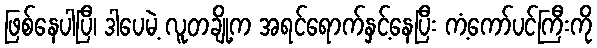
ဖြစ်နေပါပြီ၊ ဒါပေမဲ့ လူတချို့က အရင်ရောက်နှင့်နေပြီး ကံ့ကော်ပင်ကြီးကို